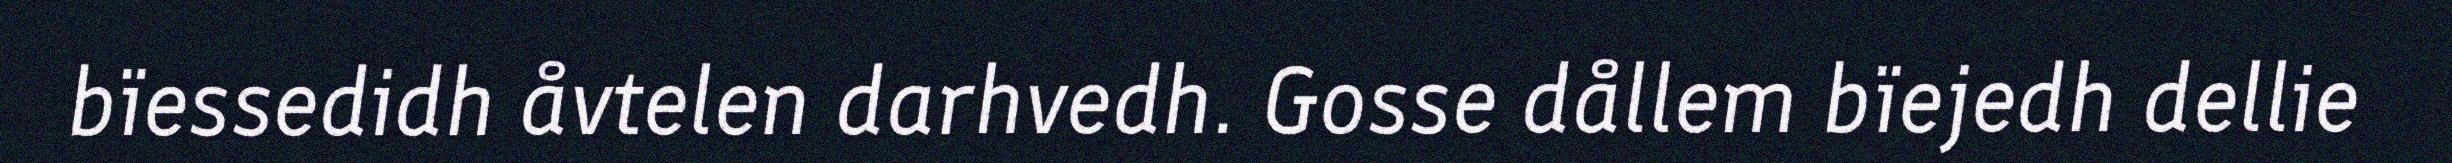
bïessedidh åvtelen darhvedh. Gosse dållem bïejedh dellie